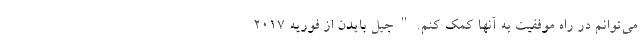
می‌توانم در راه موفقیت به آنها کمک کنم. " جیل بایدن از فوریه 2017